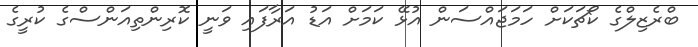
ބްރެޒިލްގެ ކޯޗަކަށް ހަމަޖައްސަން އުޅޭ ކަމަށް އަޑު އަރާފައި ވަނީ ކޮރިންތިއަންސްގެ ކުރީގެ